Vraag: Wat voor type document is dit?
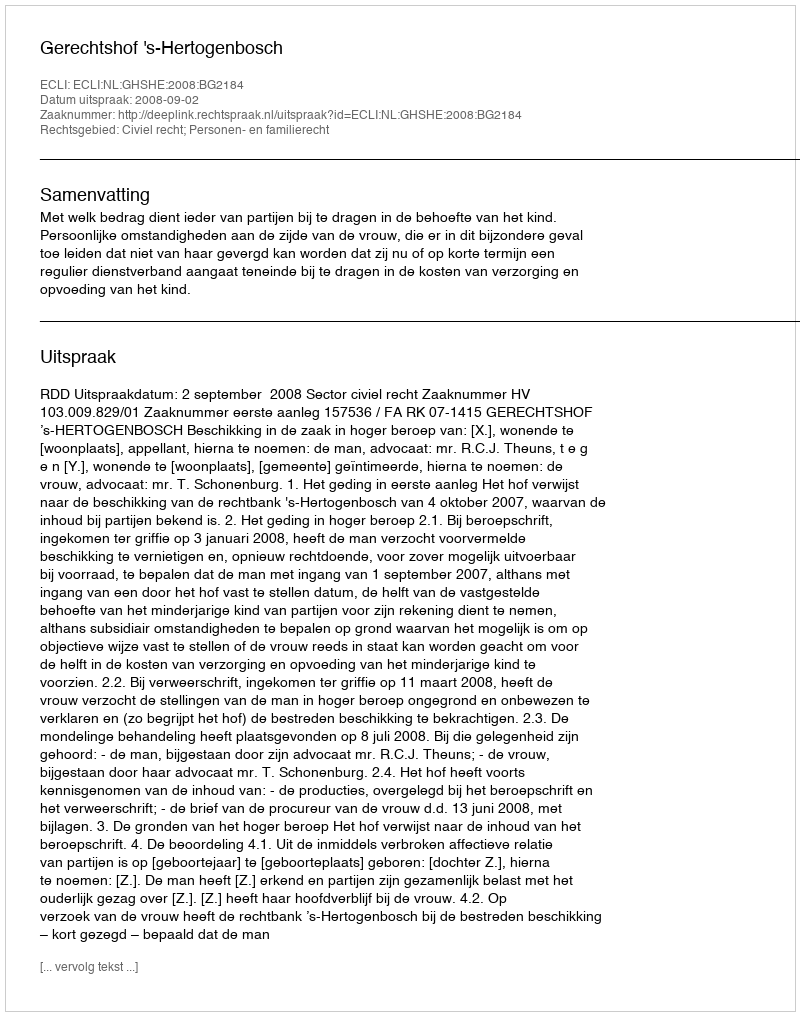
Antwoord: Uitspraak